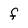
Character: f